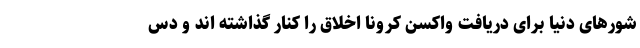
شورهای دنیا برای دریافت واکسن کرونا اخلاق را کنار گذاشته اند و دس